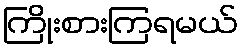
ကြိုးစားကြရမယ်